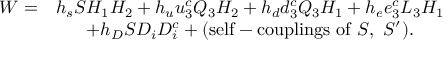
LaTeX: \begin{array} { c c } { { W = } } & { { h _ { s } S H _ { 1 } H _ { 2 } + h _ { u } u _ { 3 } ^ { c } Q _ { 3 } H _ { 2 } + h _ { d } d _ { 3 } ^ { c } Q _ { 3 } H _ { 1 } + h _ { e } e _ { 3 } ^ { c } L _ { 3 } H _ { 1 } } } \\ { { } } & { { + h _ { D } S D _ { i } D _ { i } ^ { c } + ( \mathrm { s e l f - c o u p l i n g s ~ o f } ~ S , ~ S ^ { \prime } ) . } } \end{array}